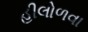
હીલોળવા